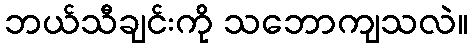
ဘယ်သီချင်းကို သဘောကျသလဲ။